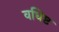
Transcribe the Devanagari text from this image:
वधिष्ट